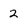
Character: 2